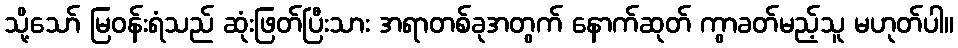
သို့သော် မြဝန်းရံသည် ဆုံးဖြတ်ပြီးသား အရာတစ်ခုအတွက် နောက်ဆုတ် ကွာခတ်မည့်သူ မဟုတ်ပါ။